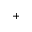
+